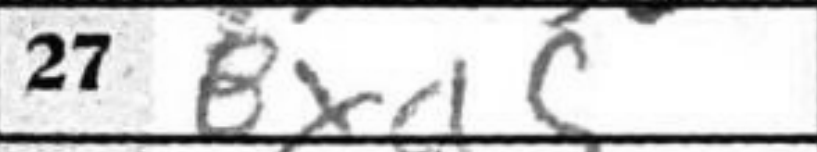
Transcription: Bxa5